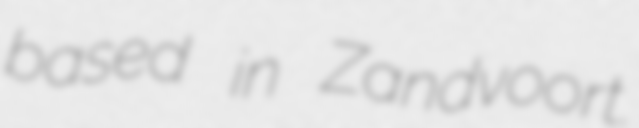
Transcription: based in Zandvoort.